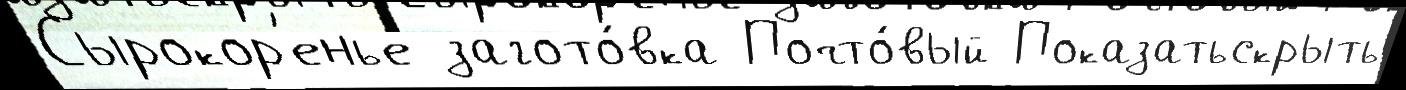
Сырокор'енье загото́вка Почто́вый Показатьскрыть